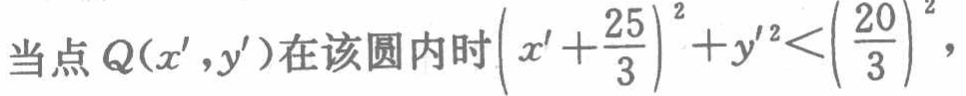
当点 \(Q(x',y')\) 在该圆内时\(\left(x'+\frac{25}{3}\right)^{2}+y'^{2}<\left(\frac{20}{3}\right)^{2}\)，